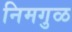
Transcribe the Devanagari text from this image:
निमगुळ